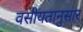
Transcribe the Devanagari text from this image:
वसीयतानुसार